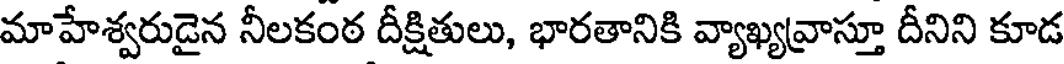
మాహేశ్వరుడైన నీలకంఠ దీక్షితులు, భారతానికి వ్యాఖ్యవ్రాస్తూ దీనిని కూడ